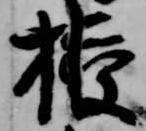
授